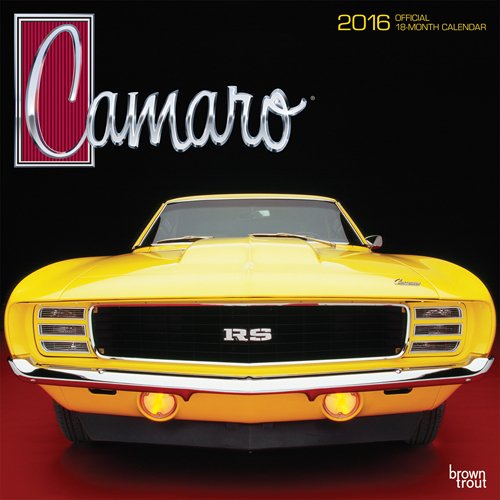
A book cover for Camaro 2016 Square 12x12; Browntrout Publishers; Calendars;